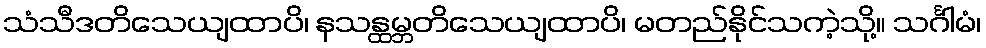
သံသီဒတိသေယျထာပိ၊ နသန္ထမ္ဘတိသေယျထာပိ၊ မတည်နိုင်သကဲ့သို့။ သင်္ဂါမံ၊